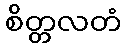
စိတ္တလတံ